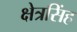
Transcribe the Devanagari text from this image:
क्षेत्रसिंह